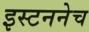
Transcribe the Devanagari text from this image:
इस्टननेच